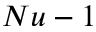
N u - 1